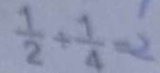
\frac { 1 } { 2 } \div \frac { 1 } { 4 } = \frac { 1 } { 2 }